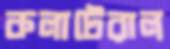
কলাটেরাল